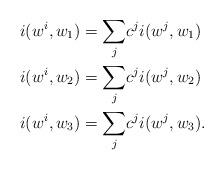
LaTeX: \begin{align*}i(w^i,w_1) &= \underset{j}{\sum}c^ji(w^j,w_1) \\ i(w^i,w_2) &= \underset{j}{\sum}c^ji(w^j,w_2) \\ i(w^i,w_3) &= \underset{j}{\sum}c^ji(w^j,w_3). \\\end{align*}